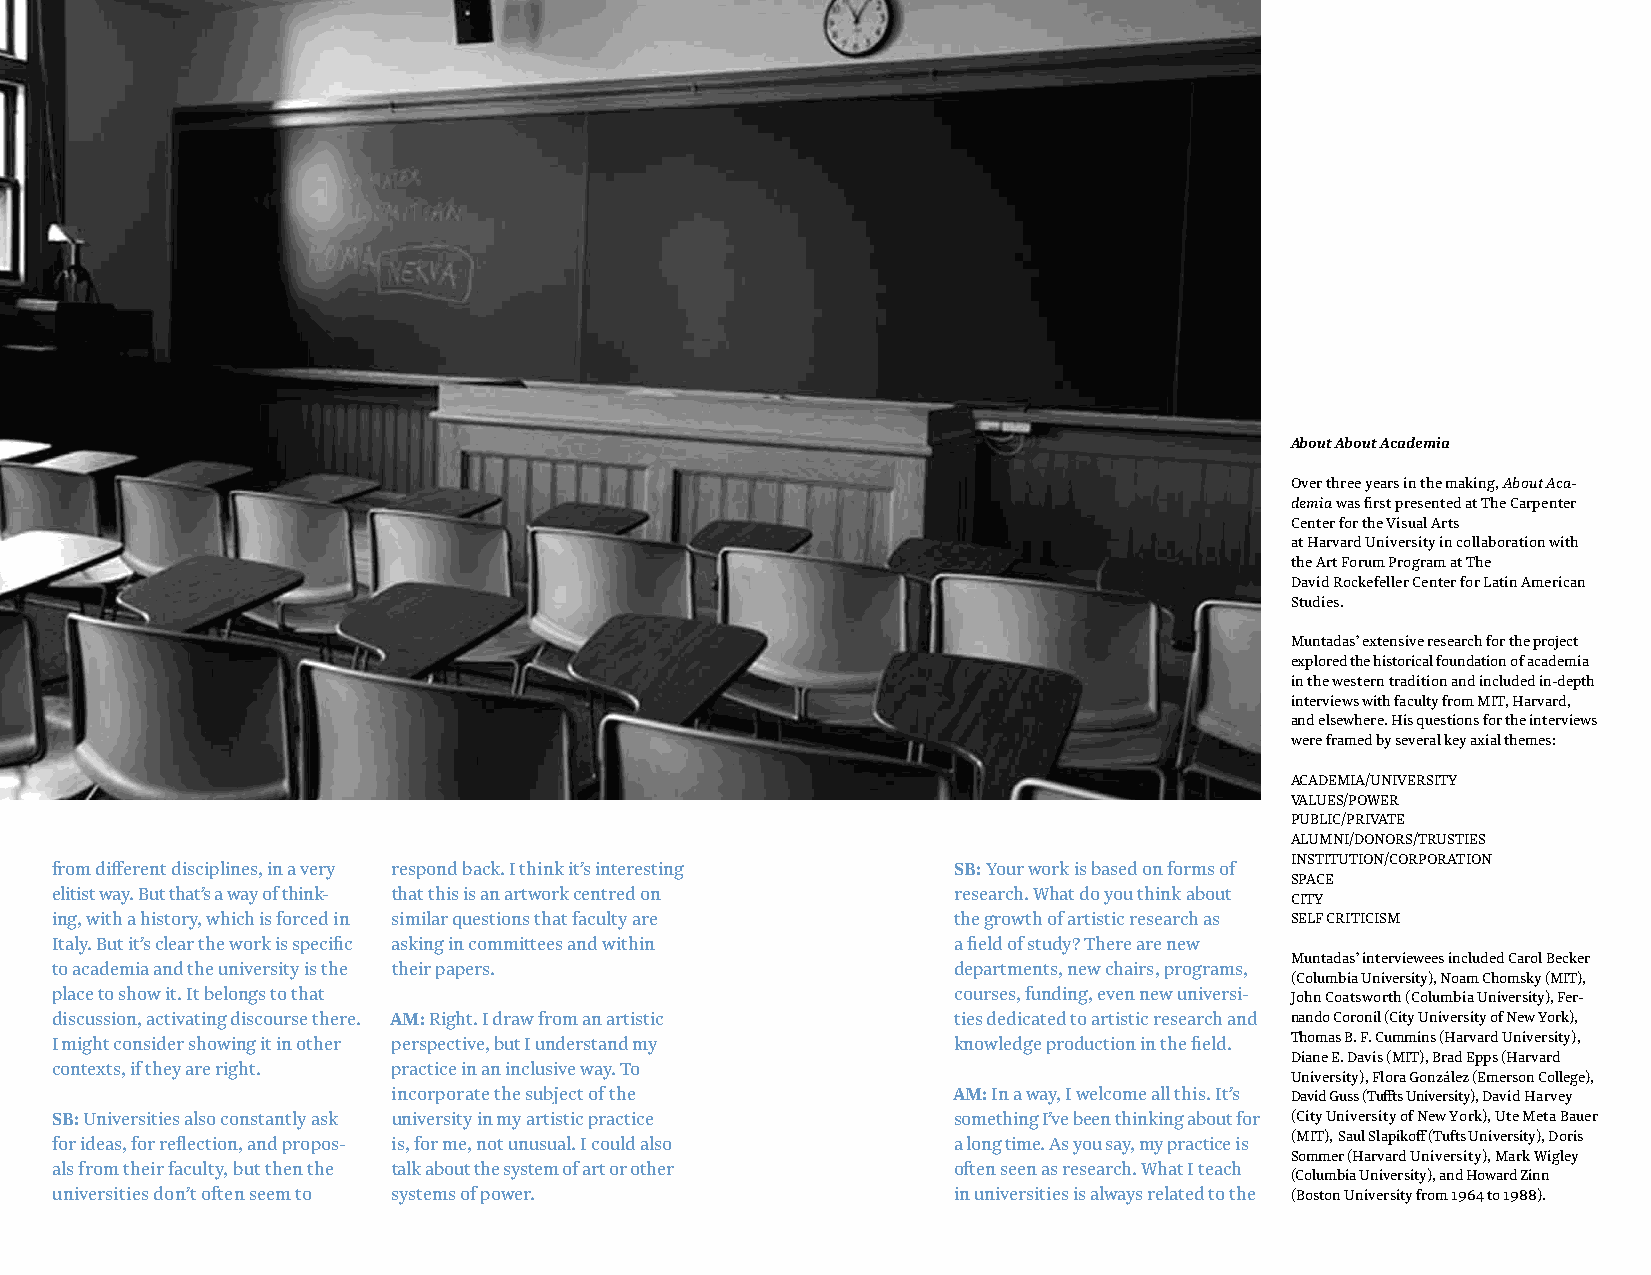
About About Academia
 Over three years in the making, About Aca-
 demia was first presented at The Carpenter
 Center for the Visual Arts
 at Harvard University in collaboration with
 the Art Forum Program at The
 David Rockefeller Center for Latin American
 Studies.
 Muntadas’ extensive research for the project
 explored the historical foundation of academia
 in the western tradition and included in-depth
 interviews with faculty from MIT, Harvard,
 and elsewhere. His questions for the interviews
 were framed by several key axial themes:
 ACADEMIA/UNIVERSITY
 VALUES/POWER
 PUBLIC/PRIVATE
 ALUMNI/DONORS/TRUSTIES
 INSTITUTION/CORPORATION
 from different disciplines, in a very respond back. I think it’s interesting SB: Your work is based on forms of
 SPACE
 elitist way. But that’s a way of think- that this is an artwork centred on research. What do you think about
 CITY
 ing, with a history, which is forced in similar questions that faculty are the growth of artistic research as SELF CRITICISM
 Italy. But it’s clear the work is specific asking in committees and within a field of study? There are new
 Muntadas’ interviewees included Carol Becker
 to academia and the university is the their papers.         departments, new chairs, programs,
 (Columbia University), Noam Chomsky (MIT),
 place to show it. It belongs to that                        courses, funding, even new universi- John Coatsworth (Columbia University), Fer-
 discussion, activating discourse there. AM: Right. I draw from an artistic ties dedicated to artistic research and nando Coronil (City University of New York),
 I might consider showing it in other perspective, but I understand my knowledge production in the field. Thomas B. F. Cummins (Harvard University),
 Diane E. Davis (MIT), Brad Epps (Harvard
 contexts, if they are right. practice in an inclusive way. To
 University), Flora González (Emerson College),
 incorporate the subject of the       AM: In a way, I welcome all this. It’s David Guss (Tuffts University), David Harvey
 SB: Universities also constantly ask university in my artistic practice something I’ve been thinking about for (City University of New York), Ute Meta Bauer
 for ideas, for reflection, and propos- is, for me, not unusual. I could also a long time. As you say, my practice is (MIT), Saul Slapikoff (Tufts University), Doris
 Sommer (Harvard University), Mark Wigley
 als from their faculty, but then the talk about the system of art or other often seen as research. What I teach
 (Columbia University), and Howard Zinn
 universities don’t often seem to systems of power.          in universities is always related to the (Boston University from 1964 to 1988).